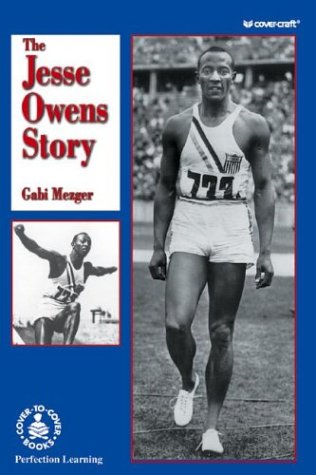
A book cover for Jesse Owens Story (Cover-to-Cover Chapter Books); Gabi Mezger; Children's Books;